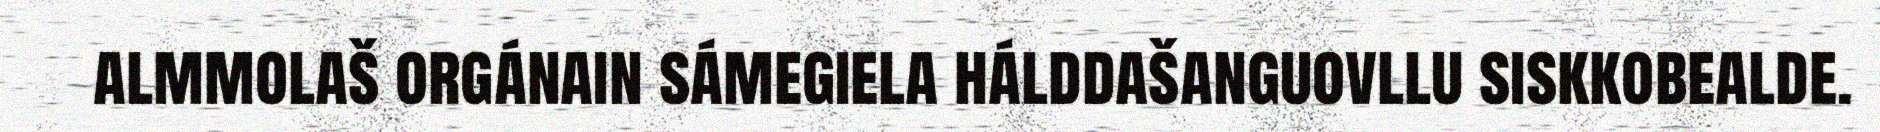
almmolaš orgánain sámegiela hálddašanguovllu siskkobealde.